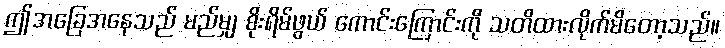
ဤအခြေအနေသည် မည်မျှ စိုးရိမ်ဖွယ် ကောင်းကြောင်းကို သတိထားလိုက်မိတော့သည်။